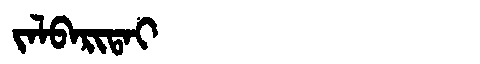
Manchu: ᠵᠠᠯᠪᠠᡵᡳᡨᠠᡳ
Romanization: JALBARITAI